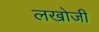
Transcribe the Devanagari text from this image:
लखोजी